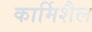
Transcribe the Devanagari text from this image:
कार्मिशैल